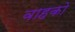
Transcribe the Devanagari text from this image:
वाहको